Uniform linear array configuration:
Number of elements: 24
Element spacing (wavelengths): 0.75
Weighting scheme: exponential
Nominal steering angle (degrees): -15
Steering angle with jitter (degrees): -14.907
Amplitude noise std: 0.05
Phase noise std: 0.05

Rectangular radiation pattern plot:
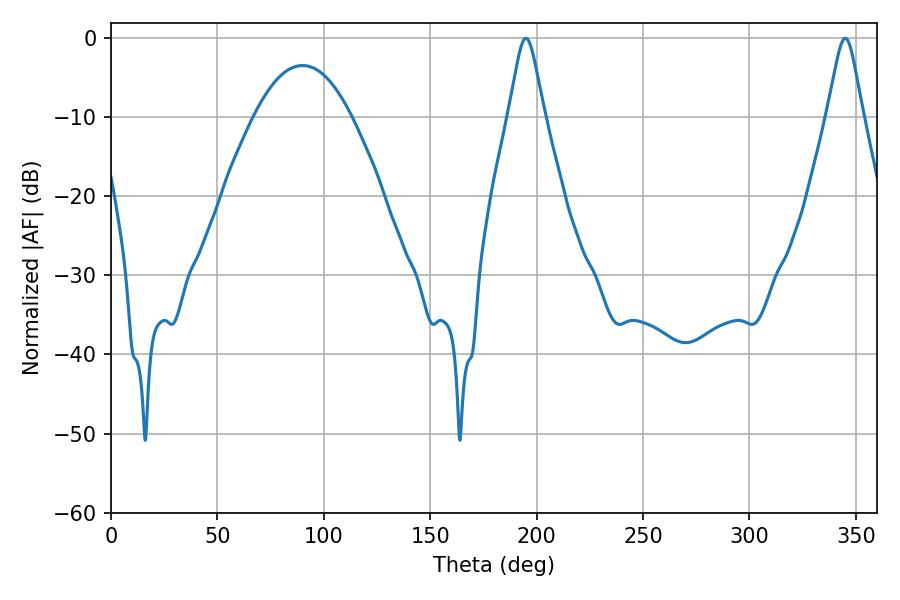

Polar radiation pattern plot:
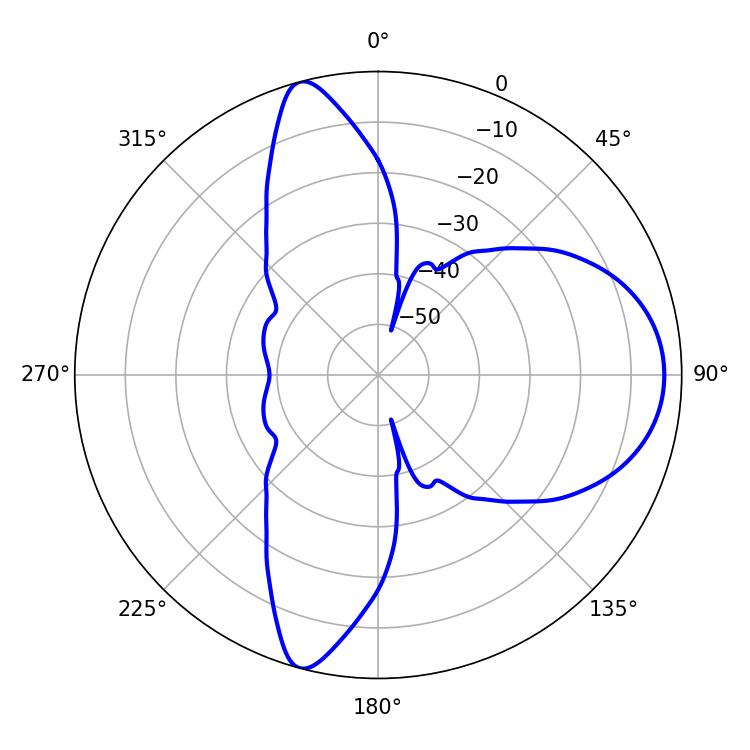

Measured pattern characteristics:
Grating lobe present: TRUE
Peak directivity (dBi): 10.706
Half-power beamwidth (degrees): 8.1
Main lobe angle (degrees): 194.94